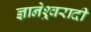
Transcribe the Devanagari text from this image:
ज्ञानेश्र्वरादी